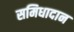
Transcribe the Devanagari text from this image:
समिधादान